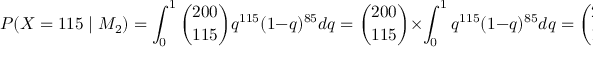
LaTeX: P ( X = 1 1 5 \mid M _ { 2 } ) = \int _ { 0 } ^ { 1 } { \binom { 2 0 0 } { 1 1 5 } } q ^ { 1 1 5 } ( 1 - q ) ^ { 8 5 } d q = { \binom { 2 0 0 } { 1 1 5 } } \times \int _ { 0 } ^ { 1 } q ^ { 1 1 5 } ( 1 - q ) ^ { 8 5 } d q = { \binom { 2 0 0 } { 1 1 5 } } \times